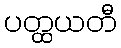
ပတ္ထယတီ